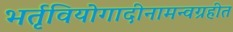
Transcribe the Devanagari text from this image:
भर्तृवियोगादीनामन्वग्रहीत